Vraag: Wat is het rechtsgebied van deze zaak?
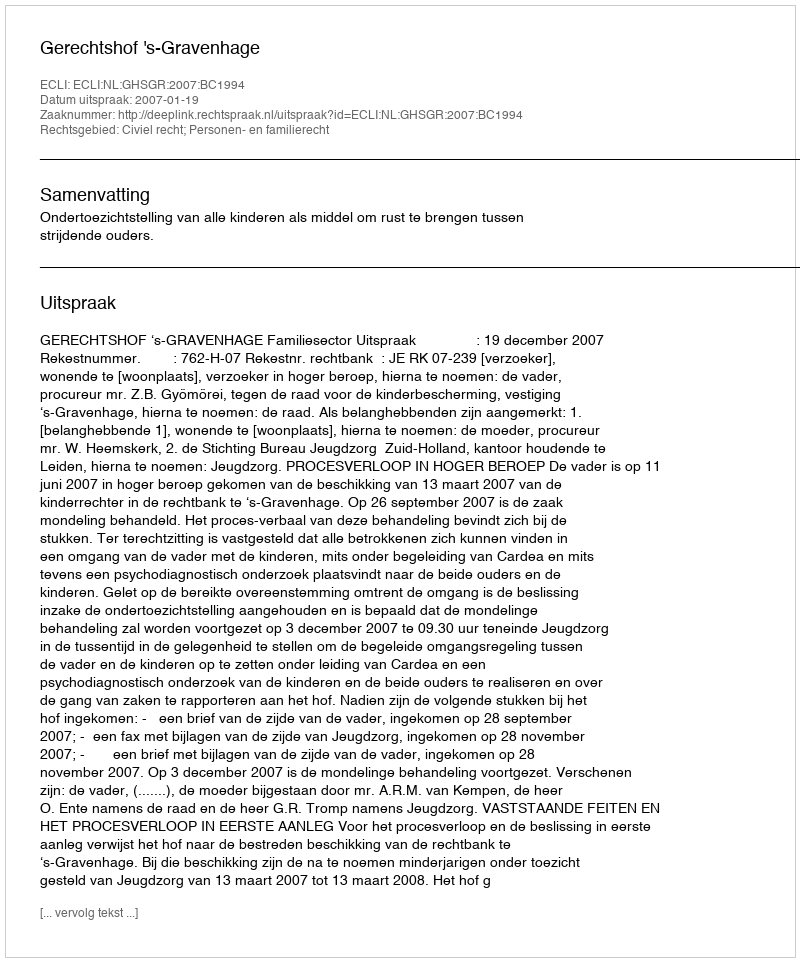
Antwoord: Civiel recht; Personen- en familierecht